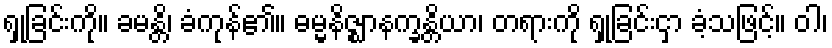
ရှုခြင်းကို။ ခမန္တိ၊ ခံကုန်၏။ ဓမ္မနိဇ္ဈာနက္ခန္တိယာ၊ တရားကို ရှုခြင်းငှာ ခံ့သဖြင့်။ ဝါ၊